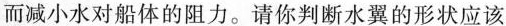
而减小水对船体的阻力。请你判断水翼的形状应该